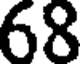
68